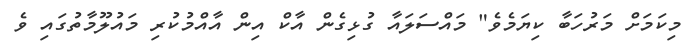
މިކަމަށް މަރުހަބާ ކިޔަމެވެ" މައްސަލައާ ގުޅިގެން އާކް އިން އާއްމުކުރި މައުލޫމާތުގައި ވެ